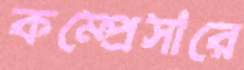
কম্প্রেসারে